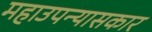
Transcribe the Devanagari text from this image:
महाउपन्यासकार